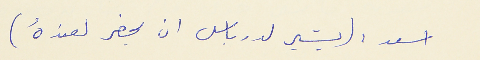
اسعد : (يشير لدرباس ان يحضر لعندهُ)